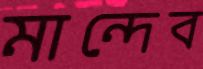
মান্দেব